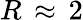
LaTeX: R\, \approx\, 2